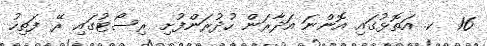
16  ކ. އަތޮޅުގައި އޮންނަ އަދާރަން ހުދުރަންފުށި ރިސޯޓުގައި ރޭ ފަތިހު